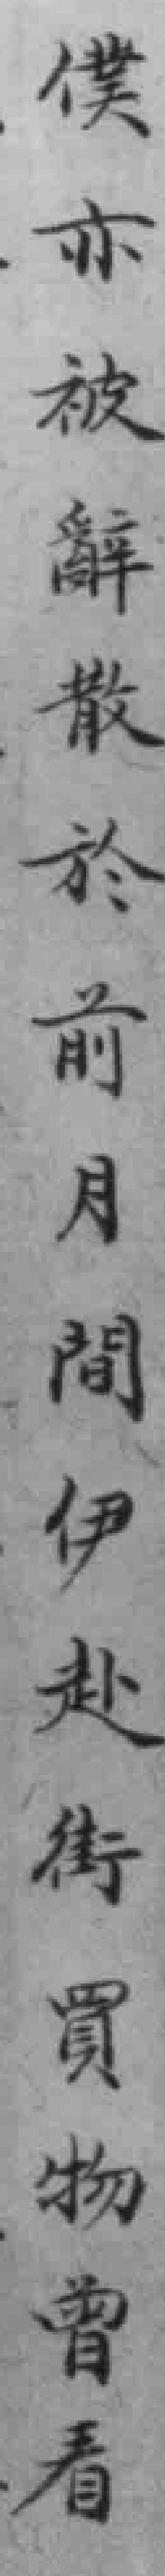
僕亦被辭散於前月間伊赴街買物曾看